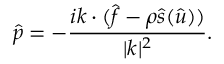
\hat { p } = - \frac { i \boldsymbol k \cdot ( \hat { \boldsymbol f } - \rho \hat { \boldsymbol s } ( \hat { \boldsymbol u } ) ) } { | \boldsymbol k | ^ { 2 } } .